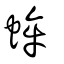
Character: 蛑